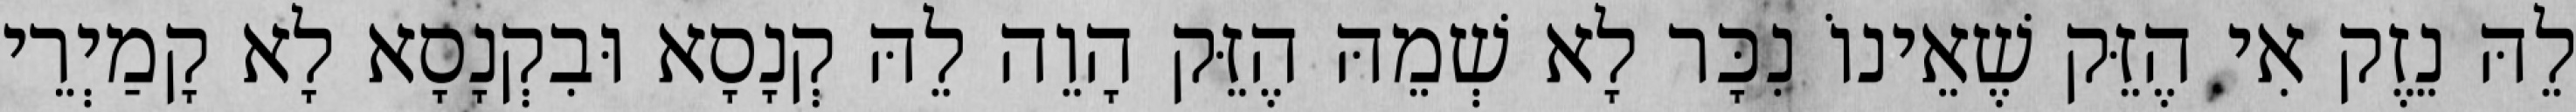
לֵהּ נֵזֶק אִי הֶזֵּק שֶׁאֵינוֹ נִכָּר לָא שְׁמֵהּ הֶזֵּק הָוֵה לֵהּ קְנָסָא וּבִקְנָסָא לָא קָמַיְרֵי